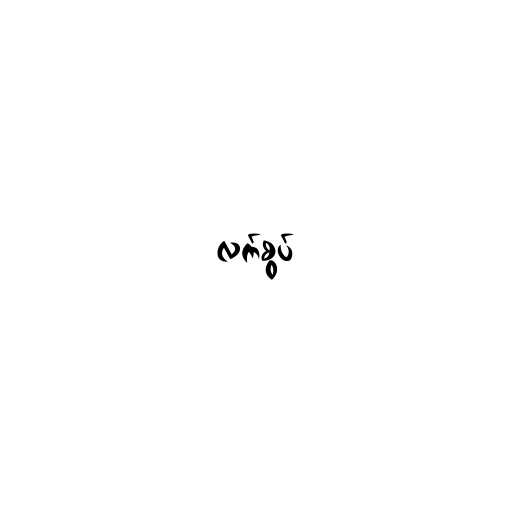
လက်စွပ်